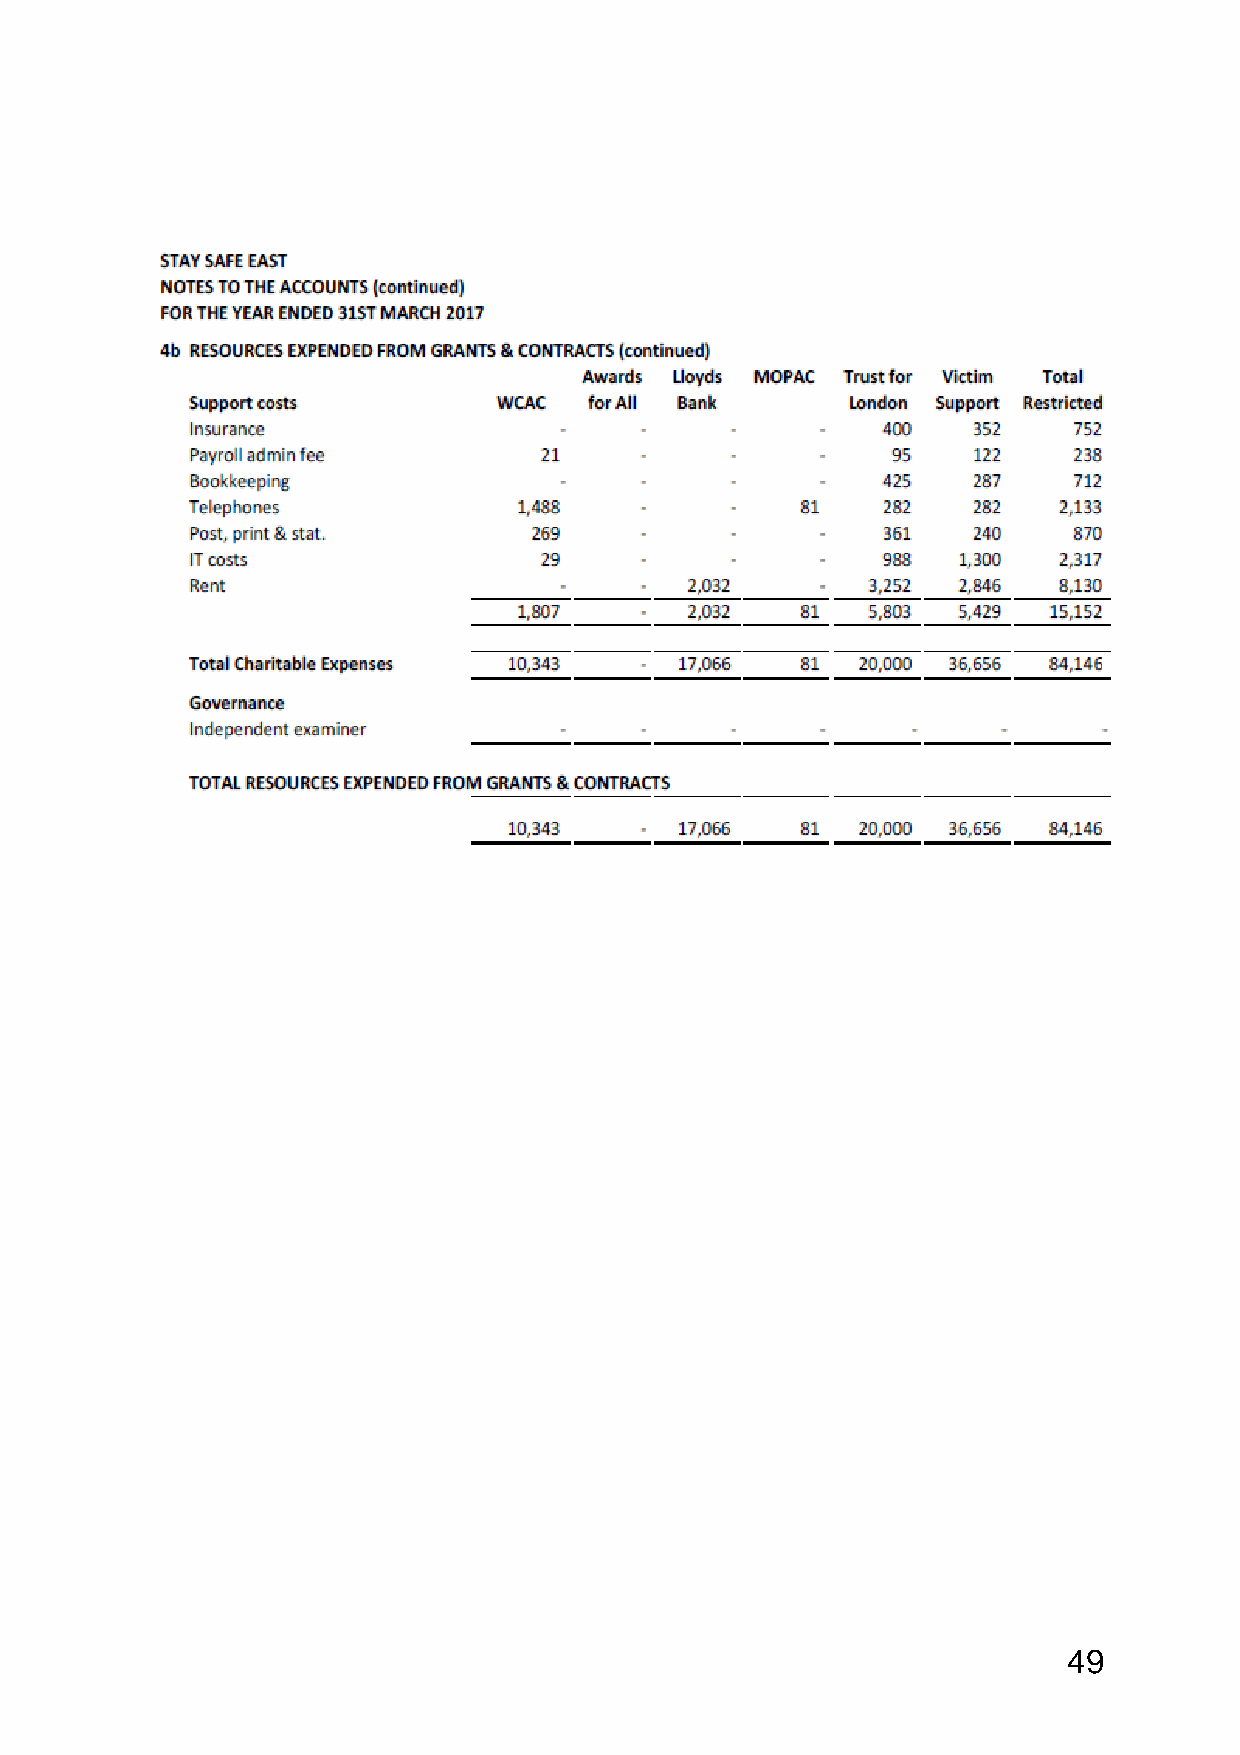
49